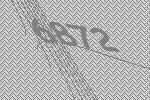
6872